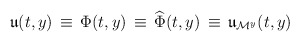
\begin{align*}\mathfrak{u}(t,y) \, \equiv \, \Phi(t,y)\, \equiv \, \widehat{\Phi}(t,y) \, \equiv \, \mathfrak{u}_{\mathcal{M}^y}(t,y)\end{align*}